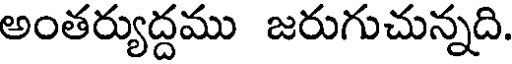
అంతర్యుద్దము జరుగుచున్నది.